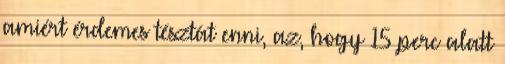
amiért érdemes tésztát enni, az, hogy 15 perc alatt